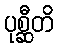
ပုစ္ဆီတိ